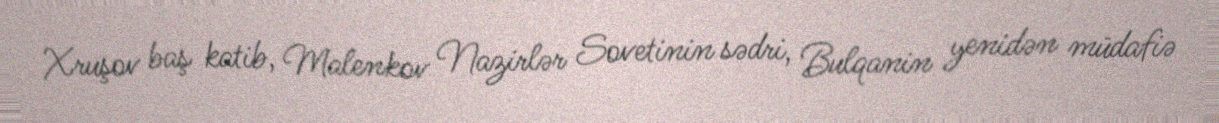
Xruşov baş katib, Malenkov Nazirlər Sovetinin sədri, Bulqanin yenidən müdafiə